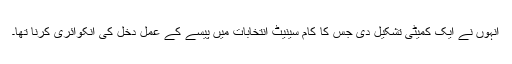
انہوں نے ایک کمیٹی تشکیل دی جس کا کام سینیٹ انتخابات میں پیسے کے عمل دخل کی انکوائری کرنا تھا۔